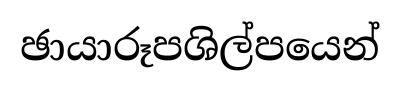
ඡායාරූපශිල්පයෙන්